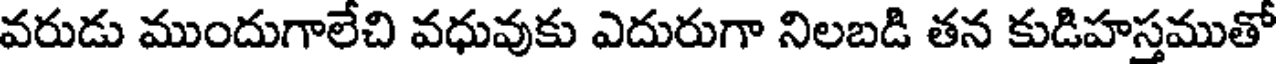
వరుడు ముందుగాలేచి వధువుకు ఎదురుగా నిలబడి తన కుడిహస్తముతో